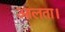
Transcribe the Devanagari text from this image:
आलता।